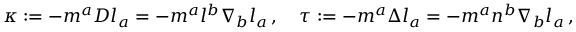
\kappa : = - m ^ { a } D l _ { a } = - m ^ { a } l ^ { b } \nabla _ { b } l _ { a } \, , \quad \tau : = - m ^ { a } \Delta l _ { a } = - m ^ { a } n ^ { b } \nabla _ { b } l _ { a } \, ,